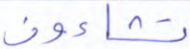
تشاءون